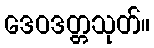
ဒေဝဒတ္တသုတ်။